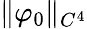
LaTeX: \| \varphi_{0}\| _{C^{4}}